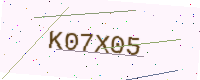
Text: K07X05